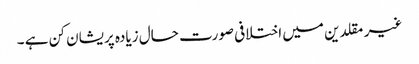
غیر مقلدین میں اختلافی صورت حال زیادہ پریشان کن ہے ۔